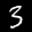
Label: 3